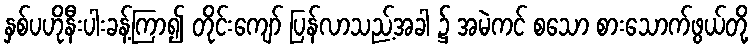
နှစ်ပဟိုနီးပါးခန့်ကြာ၍ တိုင်းကျော် ပြန်လာသည့်အခါ ၌ အမဲကင် စသော စားသောက်ဖွယ်တို့